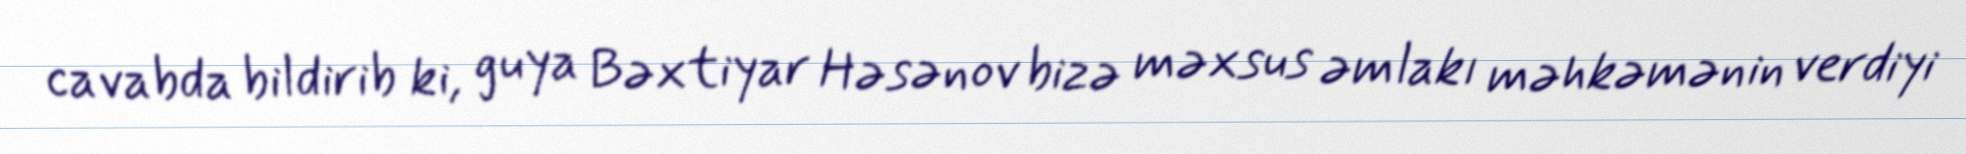
cavabda bildirib ki, guya Bəxtiyar Həsənov bizə məxsus əmlakı məhkəmənin verdiyi